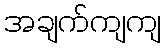
အချက်ကျကျ